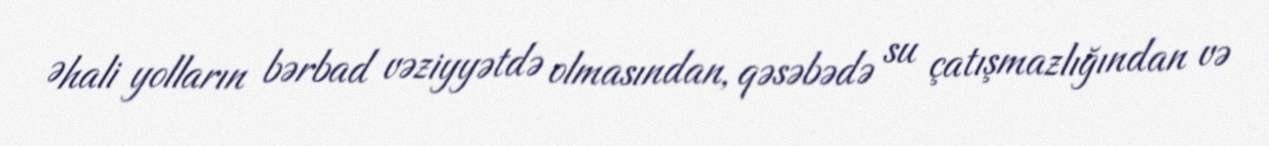
Əhali yolların bərbad vəziyyətdə olmasından, qəsəbədə su çatışmazlığından və